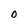
Character: O